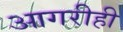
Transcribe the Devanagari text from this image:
आगरीही